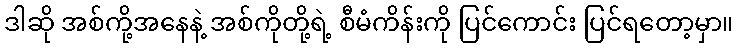
ဒါဆို အစ်ကို့အနေနဲ့ အစ်ကိုတို့ရဲ့ စီမံကိန်းကို ပြင်ကောင်း ပြင်ရတော့မှာ။